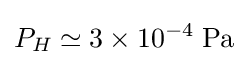
P_{H}\simeq 3\times 10^{-4}\;{\text{Pa}}